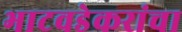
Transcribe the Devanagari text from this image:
भाटवडेकरांचा